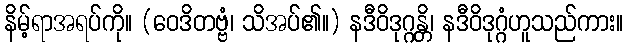
နိမ့်ရာအရပ်ကို။ (ဝေဒိတဗ္ဗံ၊ သိအပ်၏။) နဒီဝိဒုဂ္ဂန္တိ၊ နဒီဝိဒုဂ္ဂံဟူသည်ကား။